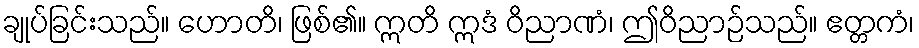
ချုပ်ခြင်းသည်။ ဟောတိ၊ ဖြစ်၏။ ဣတိ ဣဒံ ဝိညာဏံ၊ ဤဝိညာဉ်သည်။ ဧတ္တကံ၊